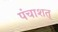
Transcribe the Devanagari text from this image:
पंचाशत्